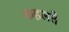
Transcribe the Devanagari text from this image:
कहलते